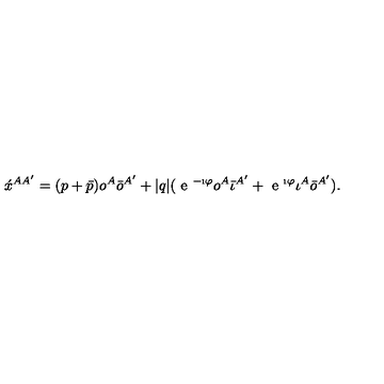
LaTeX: \acute { x } ^ { A A ^ { \prime } } = ( p + \bar { p } ) o ^ { A } \bar { o } ^ { A ^ { \prime } } + | q | ( \textrm { e } ^ { - \i \varphi } o ^ { A } \bar { \iota } ^ { A ^ { \prime } } + \textrm { e } ^ { \i \varphi } \iota ^ { A } \bar { o } ^ { A ^ { \prime } } ) .